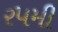
ર૫મી